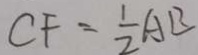
C F = \frac { 1 } { 2 } A B